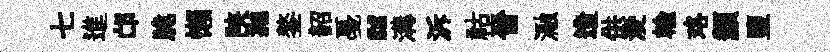
七進邙脆懶陕抛鏊韶戞“溝泝祜晉瀜造供淩輸珞纇鹽